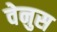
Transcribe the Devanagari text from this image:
वेनुस